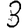
Digit: 3